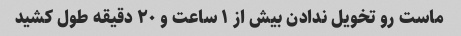
ماست رو تخویل ندادن بیش از ۱ ساعت و ۲۰ دقیقه طول کشید